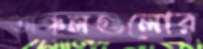
অঞ্চলগুলোর